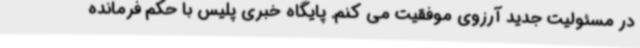
در مسئولیت جدید آرزوی موفقیت می کنم. پایگاه خبری پلیس با حکم فرمانده